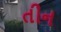
તીન